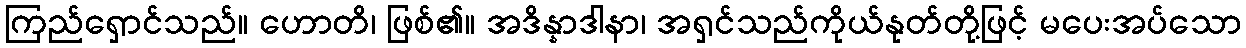
ကြည်ရှောင်သည်။ ဟောတိ၊ ဖြစ်၏။ အဒိန္နာဒါနာ၊ အရှင်သည်ကိုယ်နုတ်တို့ဖြင့် မပေးအပ်သော